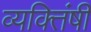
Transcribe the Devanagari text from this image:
व्यक्तिंषी